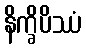
နိက္ခိပိဿံ